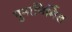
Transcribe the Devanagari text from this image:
पुनानिर्मित